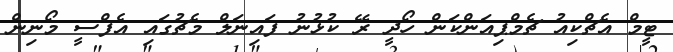
ޓީމް އެޗްކިއު ޗެމްޕިއަންކަން ހޯދީ ރޭ ކުޅުނު ފައިނަލް މެޗުގައި އެފްސީ މޯނިން